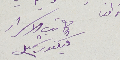
كاتب الاسرار
فيكتور شميل